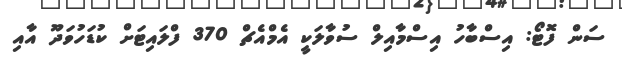
ސަން ފޮޓޯ: އިސްބާހު އިސްމާއިލް ސުވާލަކީ އެމްއެޗް 370 ފްލައިޓަށް ކުޑަހުވަދޫ އާއި